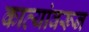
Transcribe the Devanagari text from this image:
काव्यांवरून